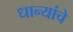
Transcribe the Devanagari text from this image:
धान्यांचे